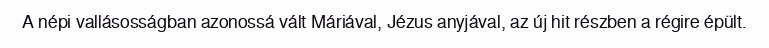
A népi vallásosságban azonossá vált Máriával, Jézus anyjával, az új hit részben a régire épült.